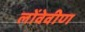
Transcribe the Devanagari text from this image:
लोंवेवीण